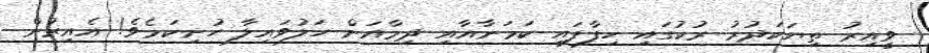
ވީއިރު ތިޔަކަދުރު ރުކުގައި ހިފާފައި ކަމަނާއާއި ދިމާއަށް ހަލުވައިލާ ހުށިކަމެވެ! އެއިރުން